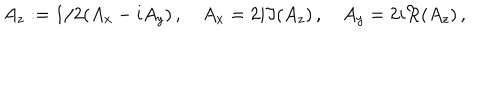
A _ { z } : = 1 / 2 ( A _ { x } - i A _ { y } ) \, , \quad A _ { x } = 2 i \Im ( A _ { z } ) \, , \quad A _ { y } = 2 i \Re ( A _ { z } ) \, ,